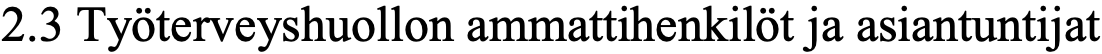
2.3 Työterveyshuollon ammattihenkilöt ja asiantuntijat